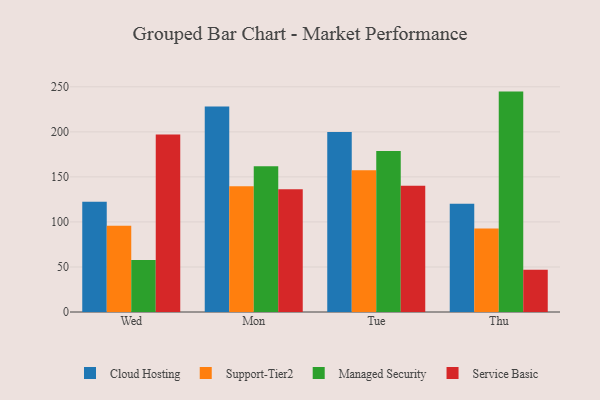
{"axis": {"x": "Day", "y": "Humidity (%)"}, "legend": ["Cloud Hosting", "Managed Security", "Service Basic", "Support-Tier2"], "data": [{"x": "Wed", "y": 122.3, "type": "Cloud Hosting"}, {"x": "Wed", "y": 95.8, "type": "Support-Tier2"}, {"x": "Wed", "y": 57.7, "type": "Managed Security"}, {"x": "Wed", "y": 197.2, "type": "Service Basic"}, {"x": "Mon", "y": 228.1, "type": "Cloud Hosting"}, {"x": "Mon", "y": 139.5, "type": "Support-Tier2"}, {"x": "Mon", "y": 161.8, "type": "Managed Security"}, {"x": "Mon", "y": 136.4, "type": "Service Basic"}, {"x": "Tue", "y": 199.9, "type": "Cloud Hosting"}, {"x": "Tue", "y": 157.3, "type": "Support-Tier2"}, {"x": "Tue", "y": 178.8, "type": "Managed Security"}, {"x": "Tue", "y": 140.1, "type": "Service Basic"}, {"x": "Thu", "y": 120.3, "type": "Cloud Hosting"}, {"x": "Thu", "y": 92.6, "type": "Support-Tier2"}, {"x": "Thu", "y": 244.7, "type": "Managed Security"}, {"x": "Thu", "y": 46.9, "type": "Service Basic"}]}